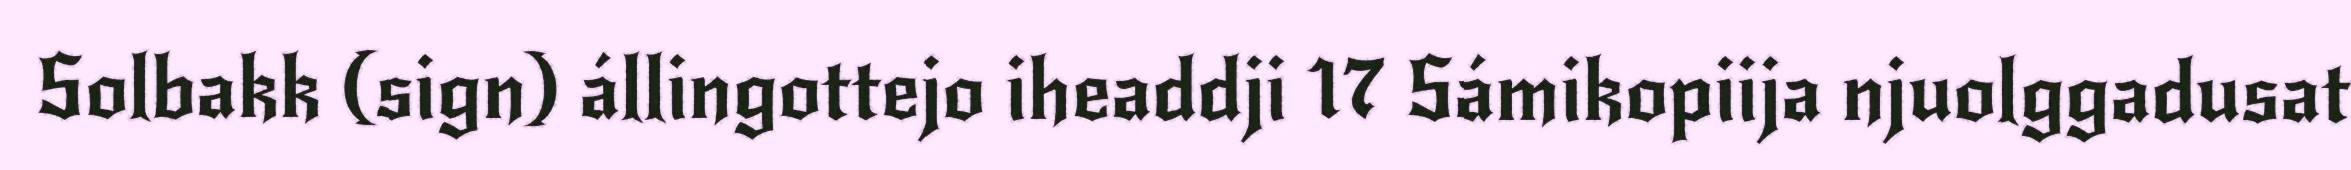
Solbakk (sign) állingottejo iheaddji 17 Sámikopiija njuolggadusat